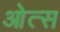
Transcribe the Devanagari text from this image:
ओत्स